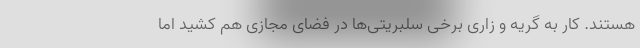
هستند. کار به گریه و زاری برخی سلبریتی‌ها در فضای مجازی هم کشید اما